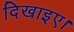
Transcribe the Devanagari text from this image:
दिखाइए।